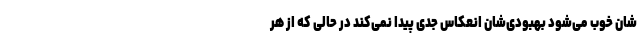
شان خوب می‌شود بهبودی‌شان انعکاس جدی پیدا نمی‌کند در حالی که از هر